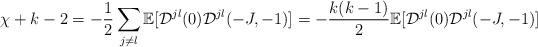
LaTeX: \begin{align*} \chi + k - 2 = -\frac 12 \sum_{j \neq l} \mathbb{E}[\mathcal{D}^{jl}(0) \mathcal{D}^{jl}(-J,-1)] = -\frac{k(k-1)}2 \mathbb{E}[\mathcal{D}^{jl}(0) \mathcal{D}^{jl}(-J,-1)]\end{align*}